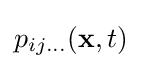
p_{ij\ldots }(\mathbf {x} ,t)